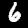
Digit: 6